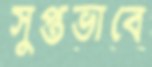
সুপ্তভাবে